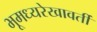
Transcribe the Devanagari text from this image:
भूमध्यरेखावर्ती